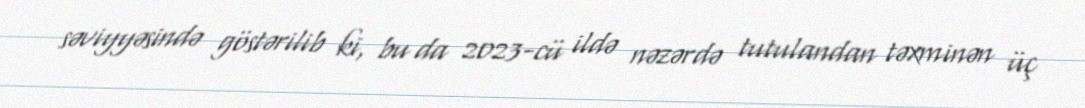
səviyyəsində göstərilib ki, bu da 2023-cü ildə nəzərdə tutulandan təxminən üç